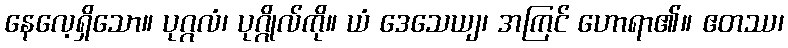
နေလေ့ရှိသော။ ပုဂ္ဂလံ၊ ပုဂ္ဂိုလ်ကို။ ယံ ဒေသေယျ၊ အကြင် ဟောရာ၏။ ဧတဿ၊